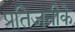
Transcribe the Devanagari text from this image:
प्रतिजनीके